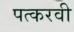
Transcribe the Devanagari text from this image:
पत्करवी